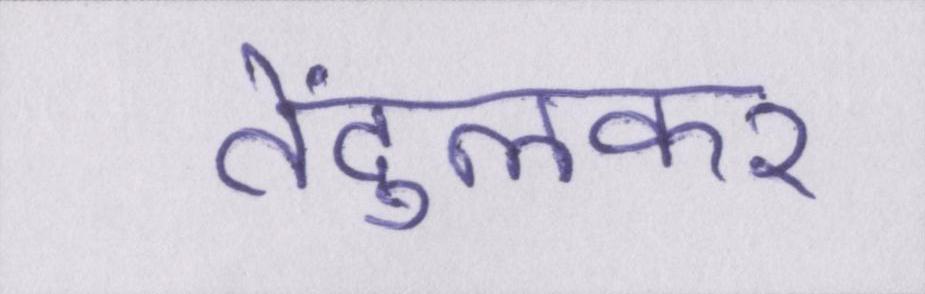
तेंदुलकर